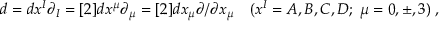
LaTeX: d = d x ^ { I } \partial _ { I } = [ 2 ] d x ^ { \mu } \partial _ { \mu } = [ 2 ] d x _ { \mu } \partial / \partial x _ { \mu } \quad ( x ^ { I } = A , B , C , D ; \; \mu = 0 , \pm , 3 ) \; ,